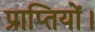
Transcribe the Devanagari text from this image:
प्राप्तियों।